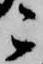
こ